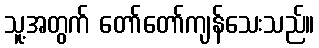
သူ့အတွက် တော်တော်ကျန်သေးသည်။